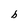
Character: b